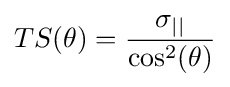
TS(\theta )={\frac {\sigma _{||}}{\cos ^{2}(\theta )}}